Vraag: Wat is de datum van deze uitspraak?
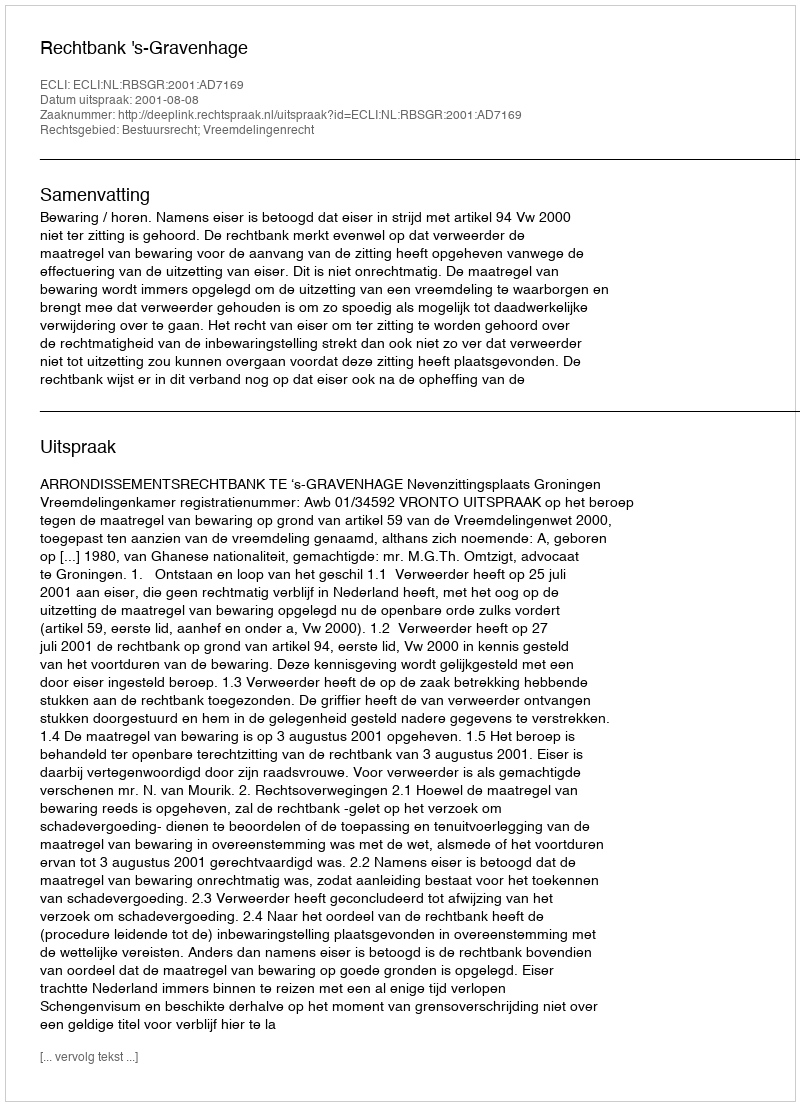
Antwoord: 2001-08-08